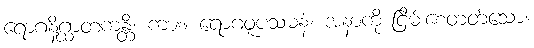
ရောဂနိဂ္ဃာတကန္တိ၊ ကား။ ရောဂဝူပသမနံ၊ အနာကို ငြိမ်းစေတတ်သော။